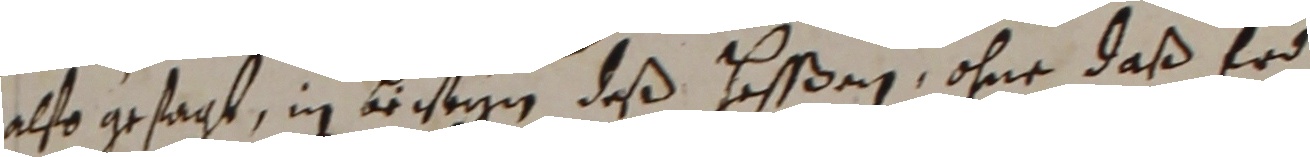
also gesagt, in abreyn deß haßßan, ohne daß erd